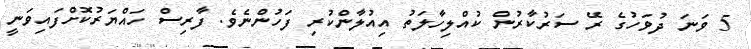
5 ވަނަ ދުވަހުގެ ރޭ ސަރުކާރުން ކުއްލިހާލަތު އިއުލާންކުރި ފަހުންނެވެ. ފާރިސް ހައްޔަރުކޮށްފައިވަނީ